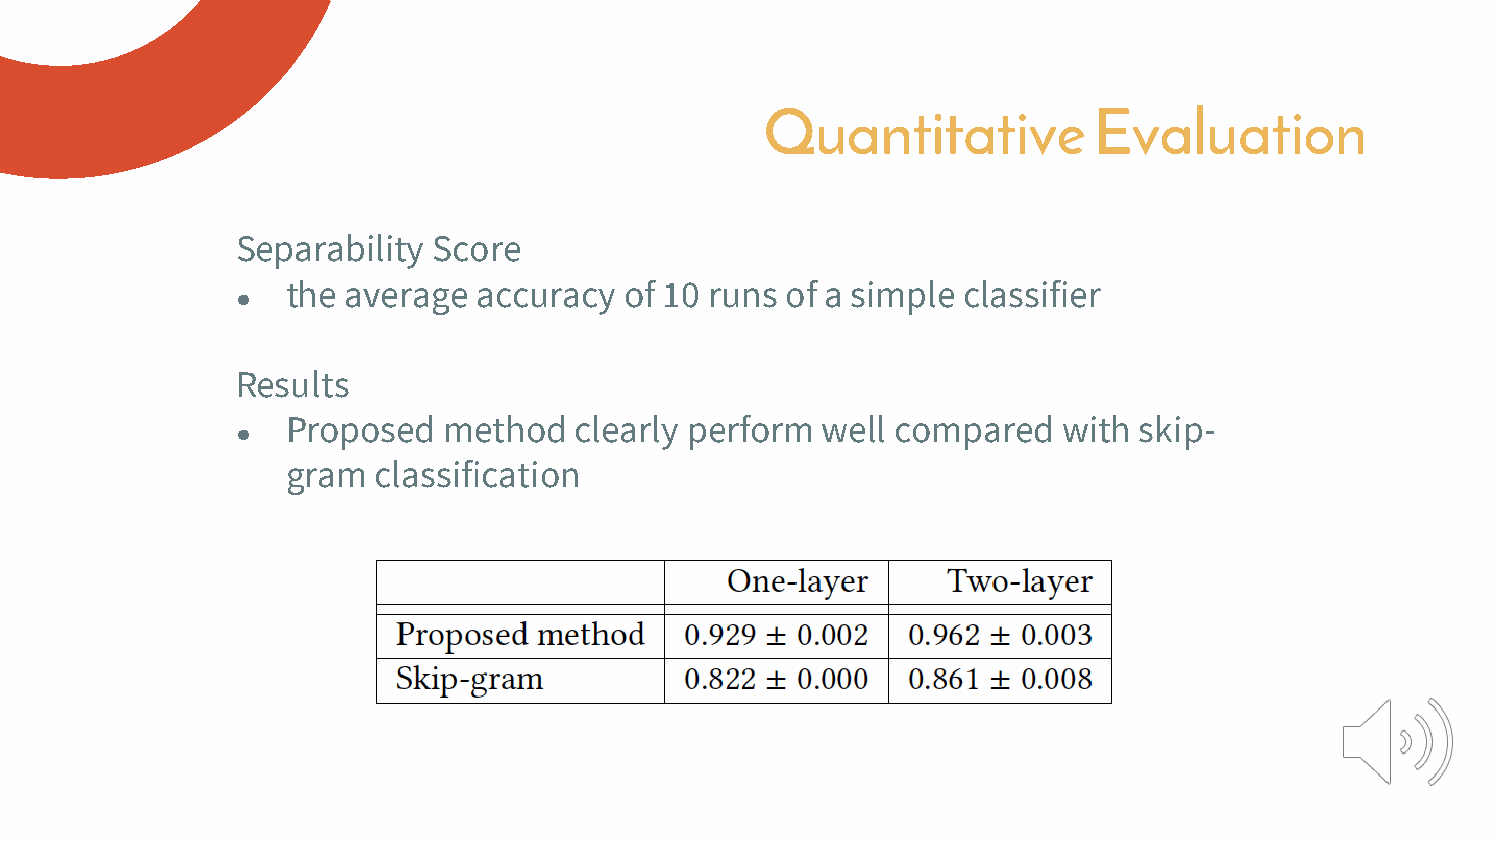
Quantitative         Evaluation
 Separability Score
 the average  accuracy of 10 runs of a simple classifier
 ●
 Results
 Proposed  method   clearly perform well compared   with skip-
 ●
 gram  classification